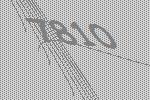
7810